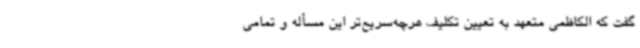
گفت که الکاظمی متعهد به تعیین تکلیف هرچه‌سریع‌تر این مسأله و تمامی